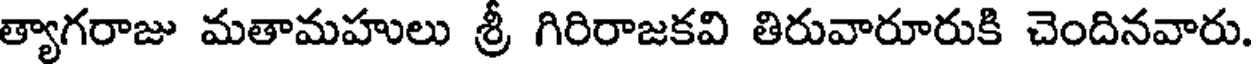
త్యాగరాజు మతామహులు శ్రీ గిరిరాజకవి తిరువారూరుకి చెందినవారు.